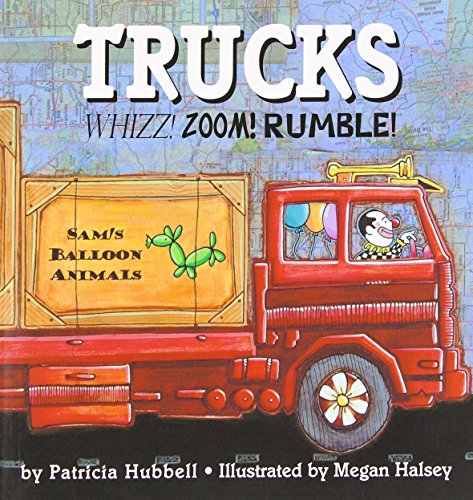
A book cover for Trucks: Whizz! Zoom! Rumble!; Patricia Hubbell; Children's Books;